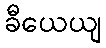
ခီယေယျ